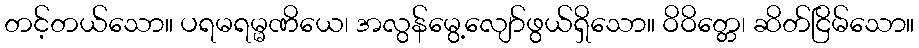
တင့်တယ်သော။ ပရမရမ္မဏိယေ၊ အလွန်မွေ့လျော်ဖွယ်ရှိသော။ ဝိဝိတ္တေ၊ ဆိတ်ငြိမ်သော။